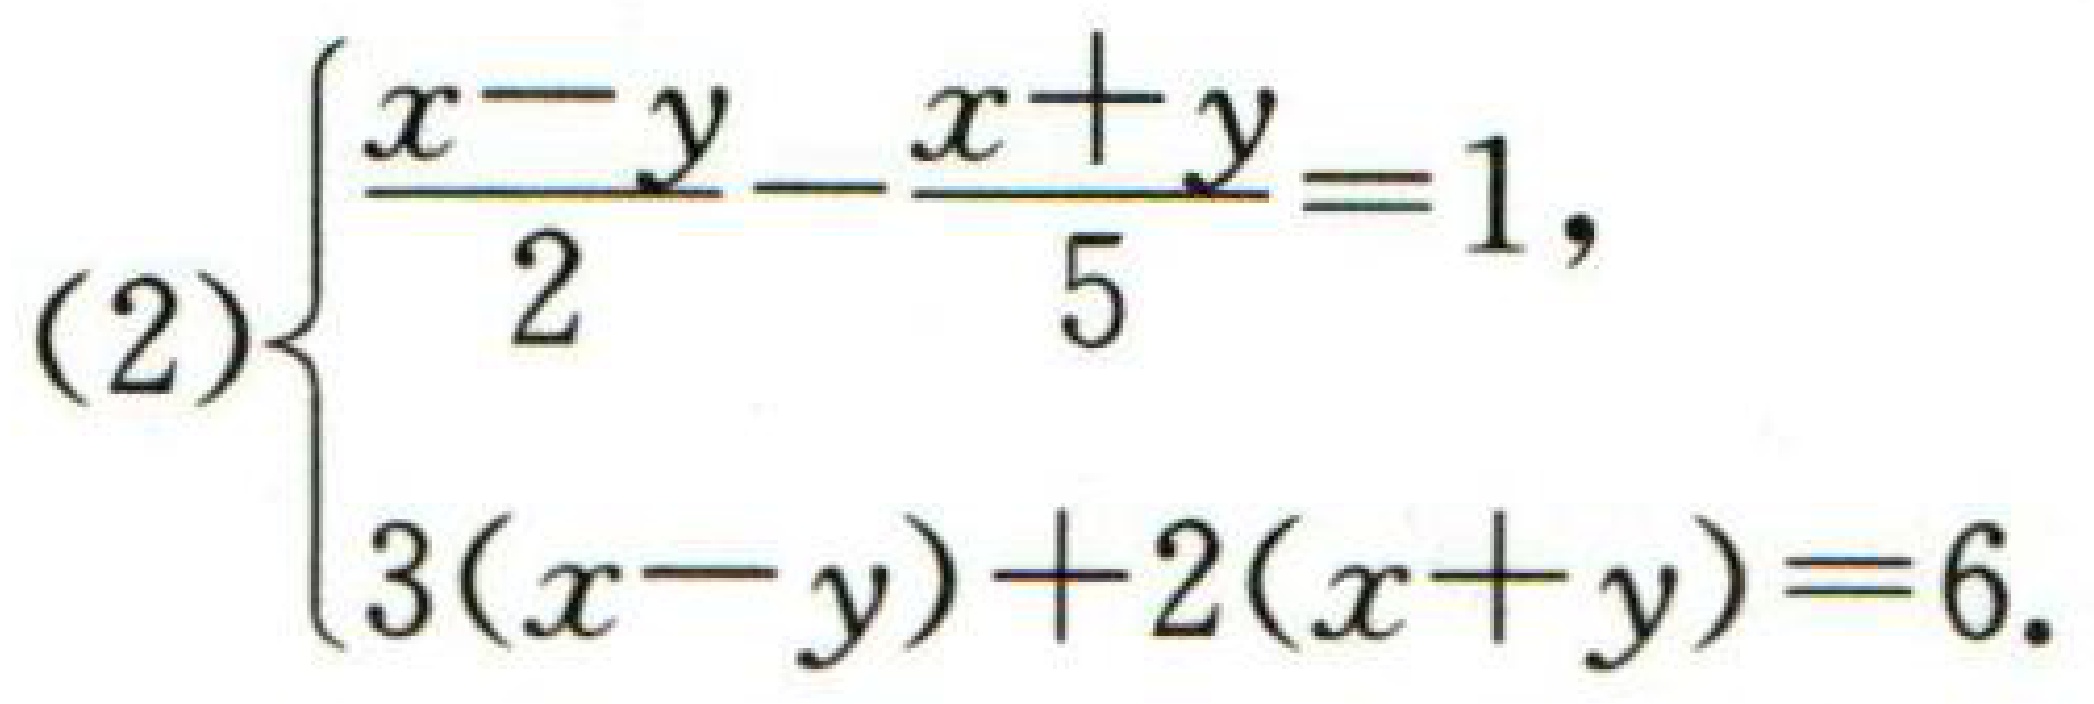
\((2)\begin{cases}
\frac{x - y}{2}-\frac{x + y}{5}=1,\\
3(x - y)+2(x + y)=6.
\end{cases}\)